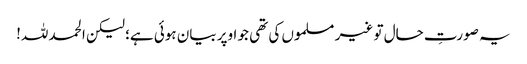
یہ صورتِ حال تو غیر مسلموں کی تھی جو اوپر بیان ہوئی ہے؛ لیکن الحمد للہ!